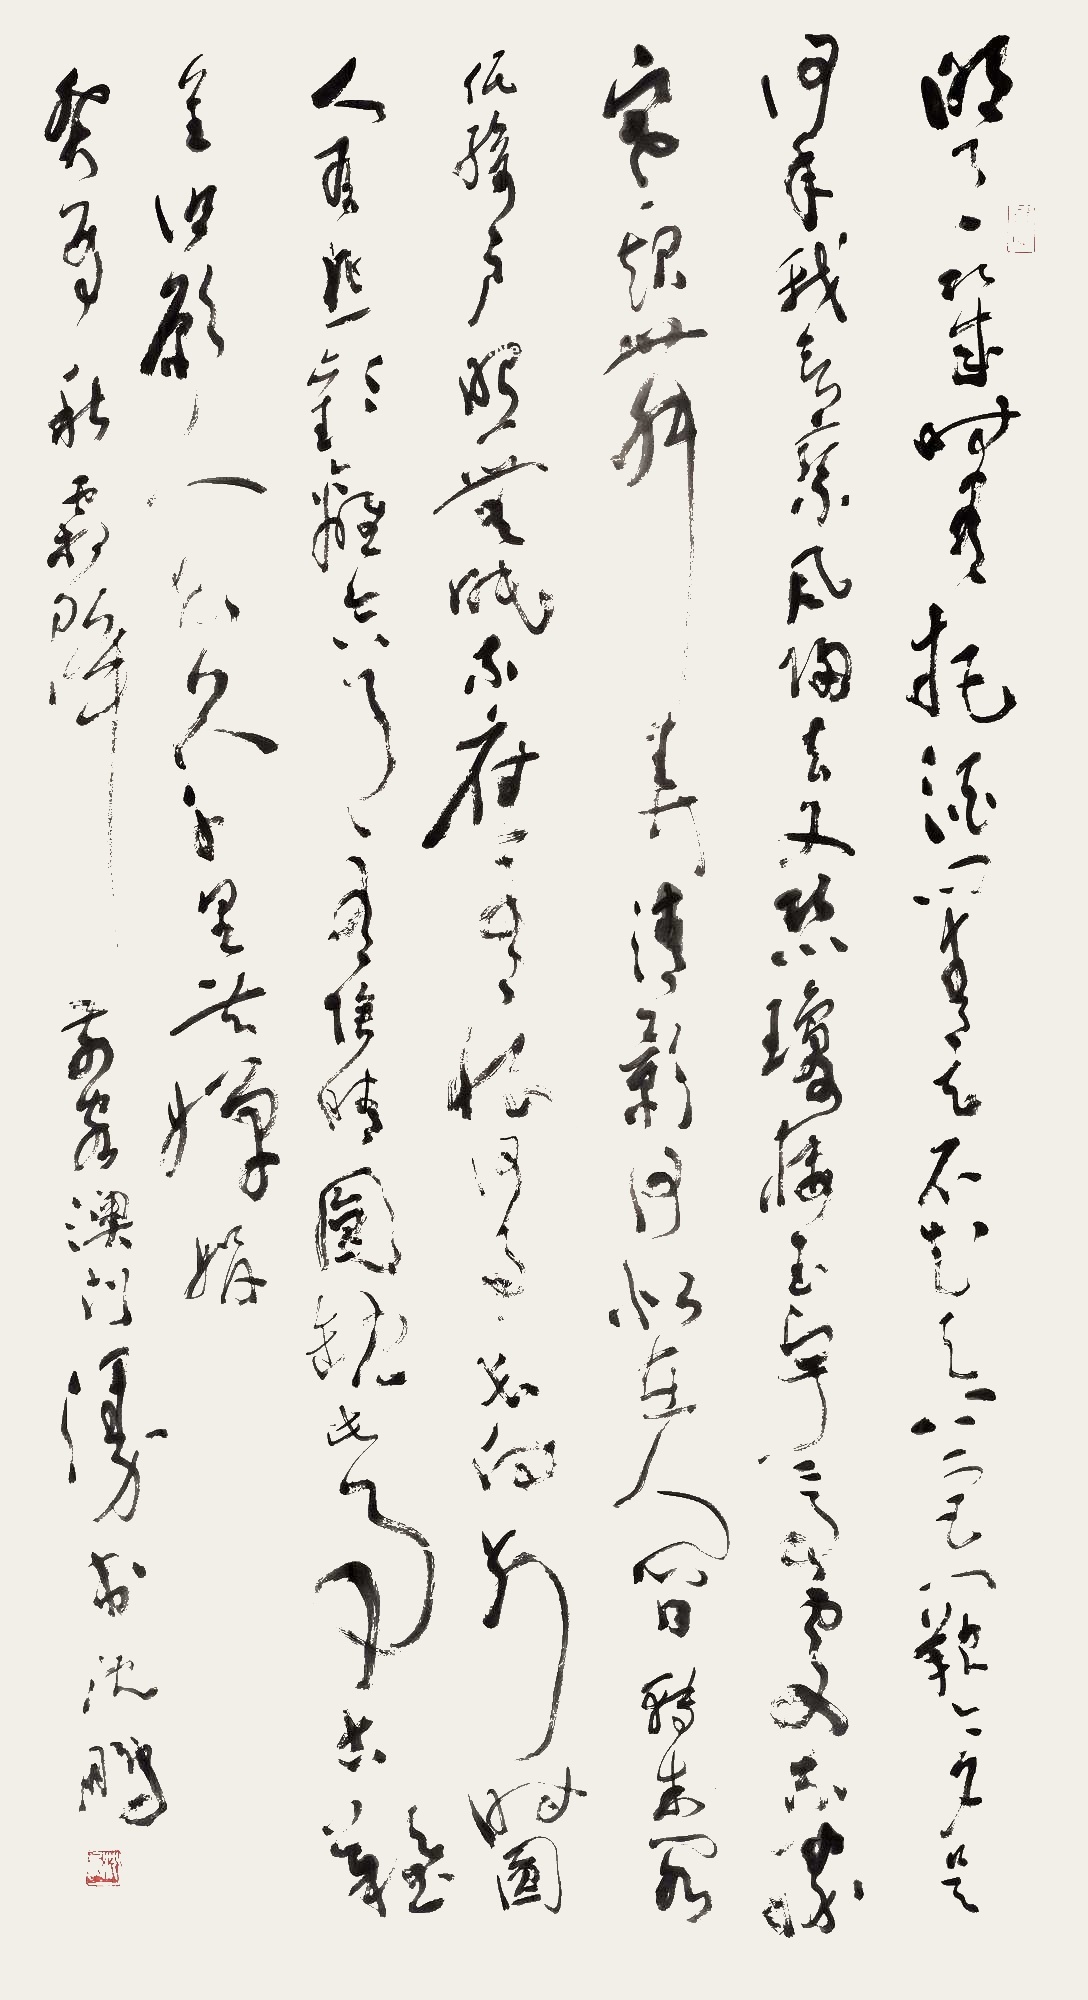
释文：明月几时有？把酒问青天。不知天上宫阙，今夕是何年。我欲乘风归去，又恐琼楼玉宇，高处不胜寒。起舞弄清影，何似在人间。转朱阁，低绮户，照无眠。不应有恨，何事长向别时圆？人有悲欢离合，月有阴晴圆缺，此事古难全。但愿人长久，千里共婵娟。癸酉秋霜降前客澳门漫书。